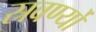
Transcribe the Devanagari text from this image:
स्रवर्ण्यो